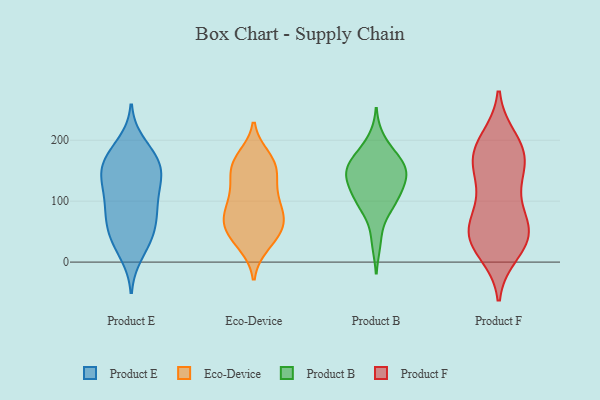
{"axis": {"x": "Active Users", "y": "Value"}, "legend": ["Eco-Device", "Product B", "Product E", "Product F"], "data": [{"x": "", "y": 147, "type": "Product E"}, {"x": "", "y": 41, "type": "Product E"}, {"x": "", "y": 142, "type": "Product E"}, {"x": "", "y": 89, "type": "Product E"}, {"x": "", "y": 27, "type": "Product E"}, {"x": "", "y": 52, "type": "Product E"}, {"x": "", "y": 84, "type": "Product E"}, {"x": "", "y": 68, "type": "Product E"}, {"x": "", "y": 13, "type": "Product E"}, {"x": "", "y": 172, "type": "Product E"}, {"x": "", "y": 122, "type": "Product E"}, {"x": "", "y": 106, "type": "Product E"}, {"x": "", "y": 90, "type": "Product E"}, {"x": "", "y": 195, "type": "Product E"}, {"x": "", "y": 167, "type": "Product E"}, {"x": "", "y": 50, "type": "Product E"}, {"x": "", "y": 140, "type": "Product E"}, {"x": "", "y": 178, "type": "Product E"}, {"x": "", "y": 162, "type": "Product E"}, {"x": "", "y": 138, "type": "Product E"}, {"x": "", "y": 140, "type": "Eco-Device"}, {"x": "", "y": 75, "type": "Eco-Device"}, {"x": "", "y": 164, "type": "Eco-Device"}, {"x": "", "y": 60, "type": "Eco-Device"}, {"x": "", "y": 158, "type": "Eco-Device"}, {"x": "", "y": 89, "type": "Eco-Device"}, {"x": "", "y": 110, "type": "Eco-Device"}, {"x": "", "y": 109, "type": "Eco-Device"}, {"x": "", "y": 165, "type": "Eco-Device"}, {"x": "", "y": 172, "type": "Eco-Device"}, {"x": "", "y": 33, "type": "Eco-Device"}, {"x": "", "y": 74, "type": "Eco-Device"}, {"x": "", "y": 118, "type": "Eco-Device"}, {"x": "", "y": 44, "type": "Eco-Device"}, {"x": "", "y": 151, "type": "Eco-Device"}, {"x": "", "y": 71, "type": "Eco-Device"}, {"x": "", "y": 69, "type": "Eco-Device"}, {"x": "", "y": 49, "type": "Eco-Device"}, {"x": "", "y": 28, "type": "Eco-Device"}, {"x": "", "y": 127, "type": "Product B"}, {"x": "", "y": 91, "type": "Product B"}, {"x": "", "y": 94, "type": "Product B"}, {"x": "", "y": 136, "type": "Product B"}, {"x": "", "y": 168, "type": "Product B"}, {"x": "", "y": 165, "type": "Product B"}, {"x": "", "y": 118, "type": "Product B"}, {"x": "", "y": 97, "type": "Product B"}, {"x": "", "y": 200, "type": "Product B"}, {"x": "", "y": 141, "type": "Product B"}, {"x": "", "y": 34, "type": "Product B"}, {"x": "", "y": 154, "type": "Product B"}, {"x": "", "y": 167, "type": "Product B"}, {"x": "", "y": 147, "type": "Product B"}, {"x": "", "y": 17, "type": "Product F"}, {"x": "", "y": 109, "type": "Product F"}, {"x": "", "y": 56, "type": "Product F"}, {"x": "", "y": 178, "type": "Product F"}, {"x": "", "y": 49, "type": "Product F"}, {"x": "", "y": 180, "type": "Product F"}, {"x": "", "y": 138, "type": "Product F"}, {"x": "", "y": 36, "type": "Product F"}, {"x": "", "y": 47, "type": "Product F"}, {"x": "", "y": 36, "type": "Product F"}, {"x": "", "y": 170, "type": "Product F"}, {"x": "", "y": 200, "type": "Product F"}, {"x": "", "y": 81, "type": "Product F"}, {"x": "", "y": 152, "type": "Product F"}, {"x": "", "y": 186, "type": "Product F"}, {"x": "", "y": 43, "type": "Product F"}]}